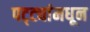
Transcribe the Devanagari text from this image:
पट्ट्यांमधून